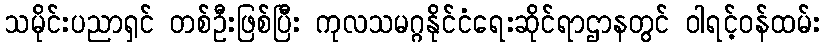
သမိုင်းပညာရှင် တစ်ဦးဖြစ်ပြီး ကုလသမဂ္ဂနိုင်ငံရေးဆိုင်ရာဌာနတွင် ဝါရင့်ဝန်ထမ်း